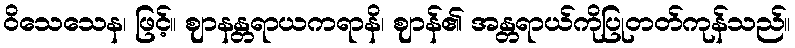
ဝိသေသေန၊ ဖြင့်။ ဈာနန္တရာယကရာနိ၊ ဈာန်၏ အန္တရာယ်ကိုပြုတတ်ကုန်သည်။